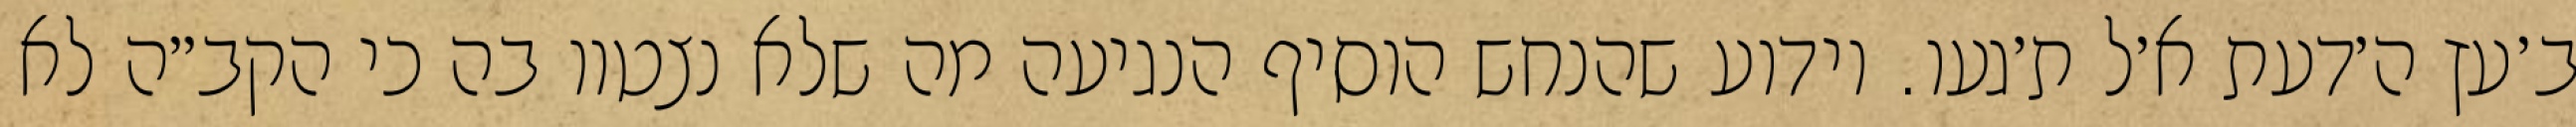
ב׳עץ ה׳דעת א׳ל ת׳געו. וידוע שהנחש הוסיף הנגיעה מה שלא נצטוו בה כי הקב״ה לא